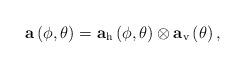
LaTeX: \begin{align*}\mathbf{a}\left(\phi,\theta\right) = \mathbf{a}_{\mathrm{h}}\left(\phi,\theta\right) \otimes \mathbf{a}_{\mathrm{v}}\left(\theta\right),\end{align*}